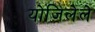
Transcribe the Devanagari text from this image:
योजिलेले